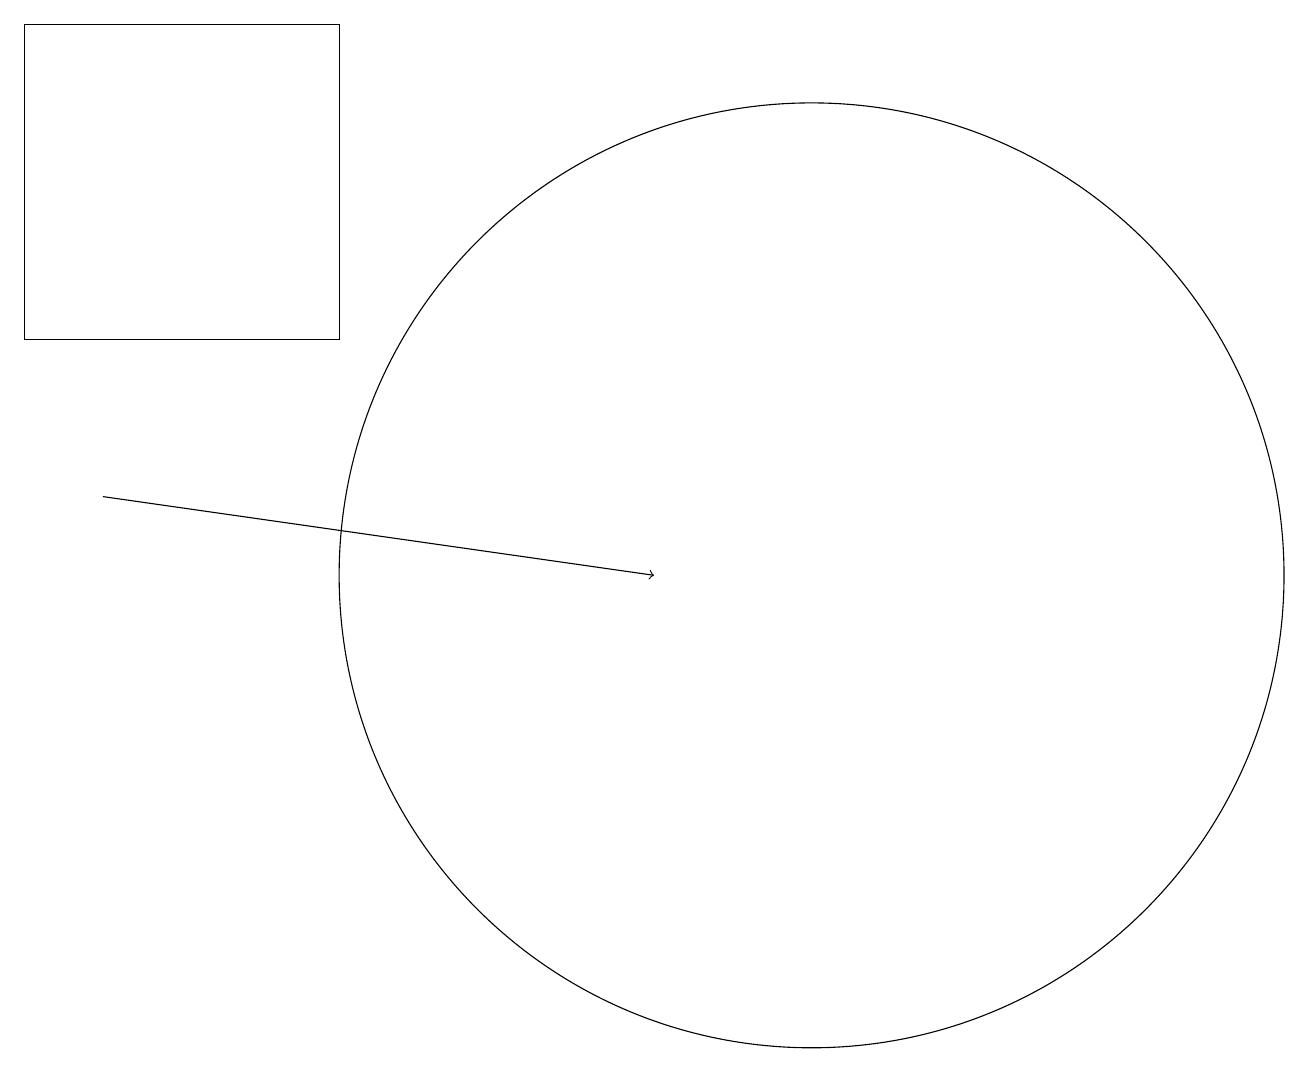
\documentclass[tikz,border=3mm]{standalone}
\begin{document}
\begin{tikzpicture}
\draw (10,11) circle (6);
\draw[->] (1,12) -- (8,11);
\draw (4,14) rectangle (0,18);
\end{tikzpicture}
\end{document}